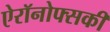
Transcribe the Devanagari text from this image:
ऐरॉनोफ्सकी